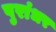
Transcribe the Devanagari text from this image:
पुरांधर